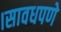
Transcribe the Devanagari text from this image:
।सावधपणे